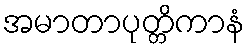
အမာတာပုတ္တိကာနံ